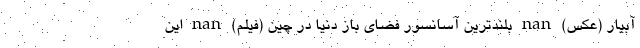
آبیار (عکس) nan بلندترین آسانسور فضای باز دنیا در چین (فیلم) nan این